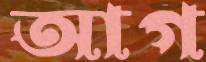
আগ